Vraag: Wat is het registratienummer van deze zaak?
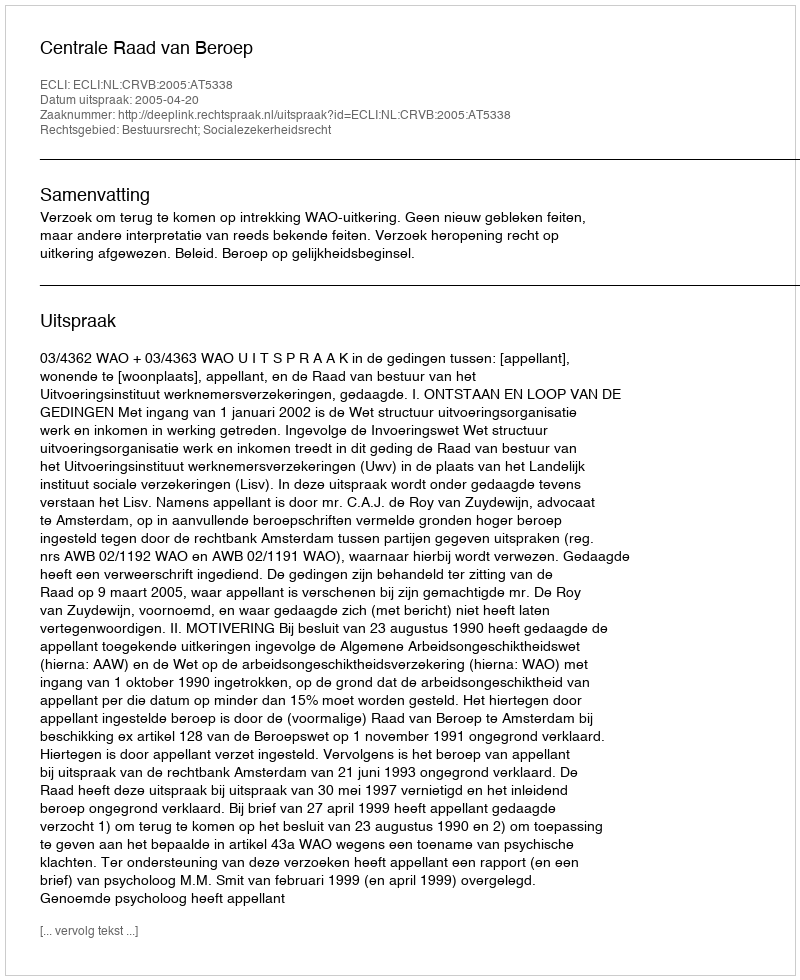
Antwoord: http://deeplink.rechtspraak.nl/uitspraak?id=ECLI:NL:CRVB:2005:AT5338